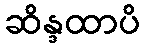
ဆိန္ဒထာပိ